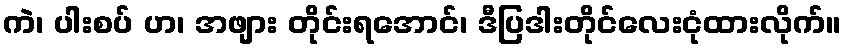
ကဲ၊ ပါးစပ် ဟ၊ အဖျား တိုင်းရအောင်၊ ဒီပြဒါးတိုင်လေးငုံထားလိုက်။